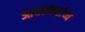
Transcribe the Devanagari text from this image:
आचरेकरांच्य